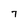
Character: 7